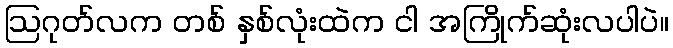
ဩဂုတ်လက တစ် နှစ်လုံးထဲက ငါ အကြိုက်ဆုံးလပါပဲ။